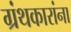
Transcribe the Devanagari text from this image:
ग्रंथकारांना